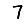
Digit: 7